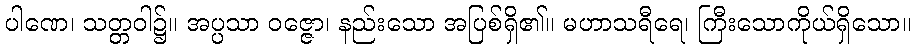
ပါဏေ၊ သတ္တဝါ၌။ အပ္ပသာ ဝဇ္ဇော၊ နည်းသော အပြစ်ရှိ၏။ မဟာသရီရေ၊ ကြီးသောကိုယ်ရှိသော။